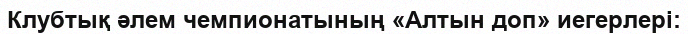
Клубтық әлем чемпионатының «Алтын доп» иегерлері: